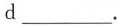
d ___ .